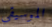
الموسيقى